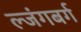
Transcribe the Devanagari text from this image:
ल्जंगबर्ग